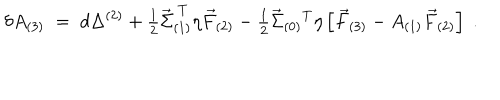
\delta A _ { ( 3 ) } \; = \; d \Delta ^ { ( 2 ) } + { \textstyle \frac { 1 } { 2 } } \vec { \Sigma } _ { ( 1 ) } ^ { \ T } \eta \vec { F } _ { ( 2 ) } - { \textstyle \frac { 1 } { 2 } } \vec { \Sigma } _ { ( 0 ) } { } ^ { T } \eta \left[ \vec { F } _ { ( 3 ) } - A _ { ( 1 ) } \vec { F } _ { ( 2 ) } \right] \; .